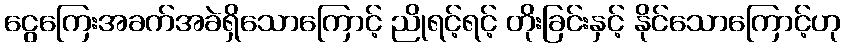
ငွေကြေးအခက်အခဲရှိသောကြောင့် ညိုရင့်ရင့် တိုးခြင်းနှင့် နိုင်သောကြောင့်ဟု